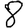
Digit: 8